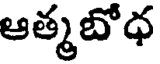
ఆత్మబోధ